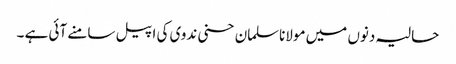
حالیہ دنوں میں مولاناسلمان حسنی ندوی کی اپیل سامنے آئی ہے ۔